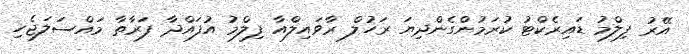
އޭރު ފިލްމު ޑައިރެކްޓު ކުރަމުންގެންދިޔަ ރަހުލް ރާވައިލްއާ ފިލްމު އުފައްދާ ފަރާތާ މައްސަލަޖެހި